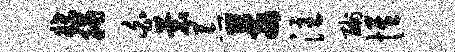
牒脯白蓑荒莓注酬惟